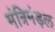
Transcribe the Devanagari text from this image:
मंत्रिमंड़ल